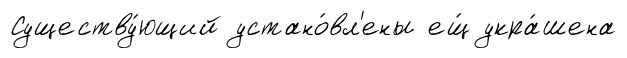
Существу́ющий устано́вл'ены ещ́ укра́шена